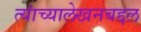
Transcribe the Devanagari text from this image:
त्यांच्यालेखनबद्दल